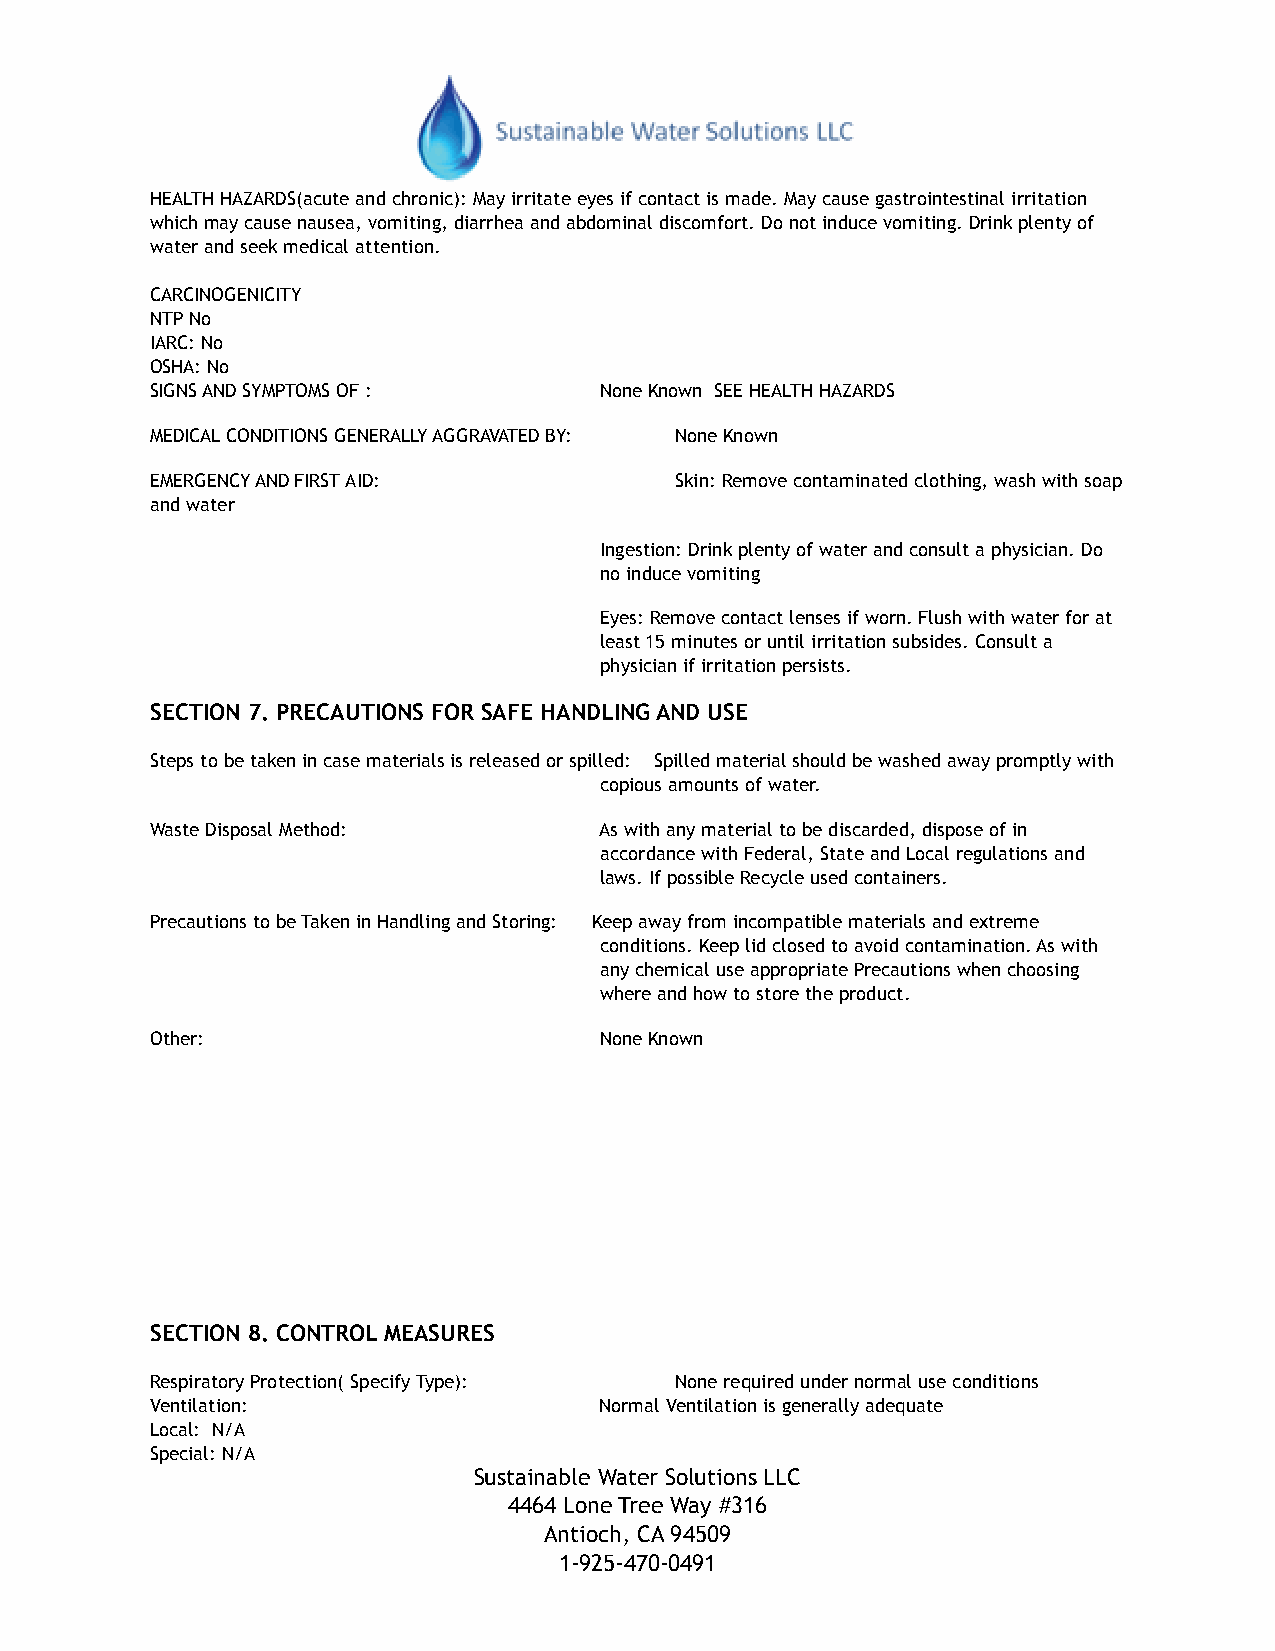
!
 HEALTH HAZARDS(acute and chronic): May irritate eyes if contact is made. May cause gastrointestinal irritation
 which may cause nausea, vomiting, diarrhea and abdominal discomfort. Do not induce vomiting. Drink plenty of
 w!ater and seek medical attention.
 CARCINOGENICITY
 NTP No
 IARC: No
 OSHA: No
 SIGNS AND SYMPTOMS OF :       None Known SEE HEALTH HAZARDS
 MEDICAL CONDITIONS GENERALLY AGGRAVATED BY: None Known
 EMERGENCY AND FIRST AID:           Skin: Remove contaminated clothing, wash with soap
 and water
 Ingestion: Drink plenty of water and consult a physician. Do
 no induce vomiting
 Eyes: Remove contact lenses if worn. Flush with water for at
 least 15 minutes or until irritation subsides. Consult a
 physician if irritation persists.
 SECTION 7. PRECAUTIONS FOR SAFE HANDLING AND USE
 Steps to be taken in case materials is released or spilled: Spilled material should be washed away promptly with
 copious amounts of water.
 Waste Disposal Method:        As with any material to be discarded, dispose of in
 accordance with Federal, State and Local regulations and
 laws. If possible Recycle used containers.
 Precautions to be Taken in Handling and Storing: Keep away from incompatible materials and extreme
 conditions. Keep lid closed to avoid contamination. As with
 any chemical use appropriate Precautions when choosing
 where and how to store the product.
 Other:                        None Known
 !
 !
 !
 !
 !
 SECTION 8. CONTROL MEASURES
 Respiratory Protection( Specify Type): None required under normal use conditions
 Ventilation:                  Normal Ventilation is generally adequate
 Local: N/A
 Special: N/A
 Sustainable Water Solutions LLC
 4464 Lone Tree Way #316
 Antioch, CA 94509
 1-925-470-0491